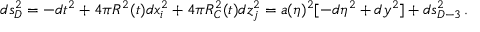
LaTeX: d s _ { D } ^ { 2 } = - d t ^ { 2 } + 4 \pi R ^ { 2 } ( t ) d x _ { i } ^ { 2 } + 4 \pi R _ { C } ^ { 2 } ( t ) d z _ { j } ^ { 2 } = a ( \eta ) ^ { 2 } [ - d \eta ^ { 2 } + d y ^ { 2 } ] + d s _ { D - 3 } ^ { 2 } \, .